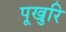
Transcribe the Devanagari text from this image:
पूखुरि